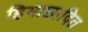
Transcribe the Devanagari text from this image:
हिमाछादित